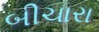
બીચારા